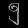
Digit: ၅